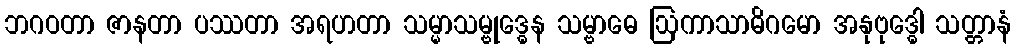
ဘဂဝတာ ဇာနတာ ပဿတာ အရဟတာ သမ္မာသမ္ဗုဒ္ဓေန သမ္ဗာဓေ ဩကာသာဓိဂမော အနုဗုဒ္ဓေါ သတ္တာနံ